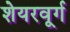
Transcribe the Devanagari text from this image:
शेयरवूर्ग